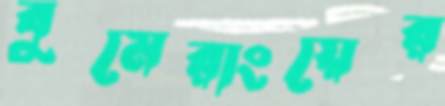
বুমেরাংয়ের